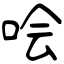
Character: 哙